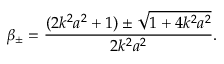
\beta _ { \pm } = \frac { ( 2 k ^ { 2 } a ^ { 2 } + 1 ) \pm \sqrt { 1 + 4 k ^ { 2 } a ^ { 2 } } } { 2 k ^ { 2 } a ^ { 2 } } .